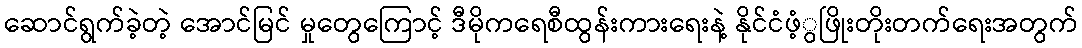
ဆောင်ရွက်ခဲ့တဲ့ အောင်မြင် မှုတွေကြောင့် ဒီမိုကရေစီထွန်းကားရေးနဲ့ နိုင်ငံဖံ့ွဖြိုးတိုးတက်ရေးအတွက်